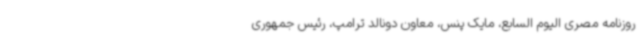
روزنامه مصری الیوم السابع، مایک پنس، معاون دونالد ترامپ، رئیس جمهوری